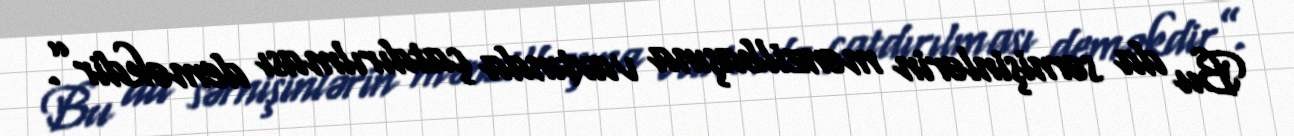
Bu da sərnişinlərin mənzilbaşına vaxtında çatdırılması deməkdir”.